Annual administration report of the Civil Veterinary Department of India - 1903-1904
Year: 1903
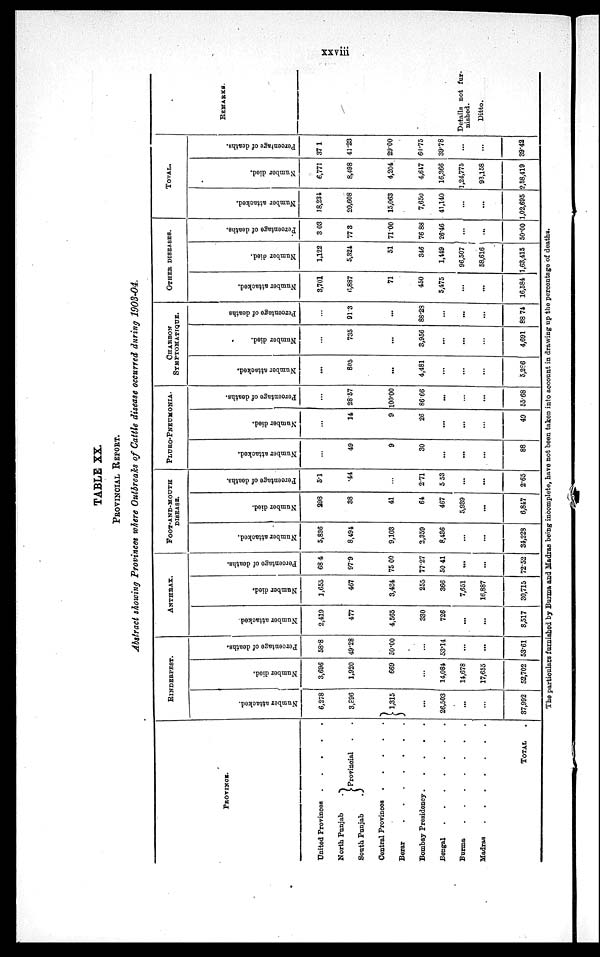
xxviii
TABLE XX.
PROVINCIAL REPORT.
Abstract showing Provinces where Outbreaks of Cattle disease occurred during 1903-04.
PROVINCE.
United Provinces . . . . .
North Punjab
.
South Punjab
.
Provincial . .
Central Provinces . . . . .
Berar . . . . . . . .
Bombay Presidency . . . . .
Bengal . . . . . . .
Burma . . . . . . . .
Madras . . . . . . . .
TOTAL .
RINDERPEST.
Number attacked.
6,278
3,896
1,315
...
26,503
...
...
37,992
Number died.
3,696
1,920
669
...
14,084
14,678
17,655
52,702
Percentage of deaths.
58.8
49.28
50.00
...
53.14
...
...
53.61
ANTHRAX.
Number attacked.
2,419
477
4,565
330
726
...
...
8,517
Number died.
1,655
467
3,434
255
366
7,651
16,887
30,715
Percentage of deaths.
68.4
97.9
75.00
77.27
50.41
...
...
72.52
FOOT-AND-MOUTH
DISEASE.
Number attacked.
5,836
8,494
9,103
2,359
8,436
...
...
34,228
Number died.
298
38
41
64
467
5,939
...
6,847
Percentage of deaths.
5.1
.44
...
2.71
5.53
...
...
2.65
PLURO-PNEUMONIA.
Number attacked.
...
49
9
30
...
...
...
88
Number died.
...
14
9
26
...
...
...
49
Percentage of deaths.
...
28.57
100.00
86.66
...
...
...
55.68
CHARBON
SYMPTOMATIQUE.
Number attacked.
...
805
...
4,481
...
...
...
5,286
Number died.
...
735
...
3,956
...
...
...
4,691
Percentage of deaths
...
91.3
...
88.23
...
...
...
88.74
OTHER
DISEASES.
Number attacked.
3,701
6,887
71
450
5,475
...
...
16,584
Number died.
1,122
5,324
51
346
1,449
96,507
58,616
1,63,415
Percentage of deaths.
3 03
77 3
71.00
76 88
26.46
...
...
50.00
TOTAL.
Number attacked.
18,234
20,608
15,063
7,650
41,140
...
...
1,02,695
Number died.
6,771
8,498
4,204
4,647
16,366
1,24,775
93,158
2,58,419
Percentage of deaths.
37.1
41.23
29.00
60.75
39.78
...
...
39.42
REMARKS.
Details not fur-
nished.
Ditto.
The particulars furnished by Burma and Madras being incomplete, have not been taken into account in drawing up the percentage of deaths.